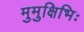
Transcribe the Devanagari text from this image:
मुमुक्षिभिः